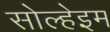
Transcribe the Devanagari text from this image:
सोल्हेइम